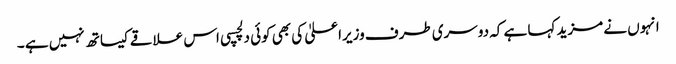
انہوں نے مزید کہا ہے کہ دوسری طرف وزیراعلیٰ کی بھی کوئی دلچسپی اس علاقے کیساتھ نہیں ہے ۔